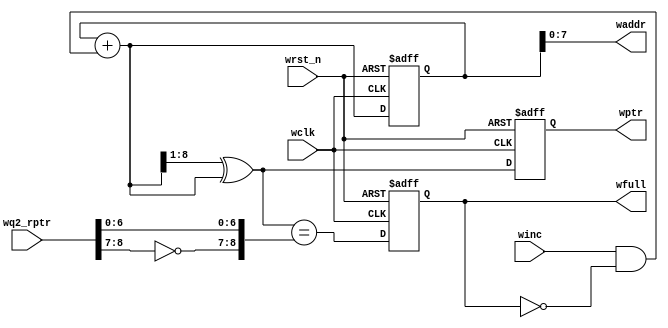
 /*                                                                      
 Copyright 2020 Bryan Lu.
                                                                         
 Licensed under the Apache License, Version 2.0 (the "License");         
 you may not use this file except in compliance with the License.        
 You may obtain a copy of the License at                                 
                                                                         
     http://www.apache.org/licenses/LICENSE-2.0                          
                                                                         
 Unless required by applicable law or agreed to in writing, software    
 distributed under the License is distributed on an "AS IS" BASIS,       
 WITHOUT WARRANTIES OR CONDITIONS OF ANY KIND, either express or implied.
 See the License for the specific language governing permissions and     
 limitations under the License.                                          
 */
 
 //----------------------------------------
 //	Authur:	Bryan Lu
 //	Description: 	
 //		
 //----------------------------------------
 
 module wptr_full #(
	parameter	ADDR_SIZE = 8
 )(
	input						wclk,
	input						wrst_n,
	input						winc,
	input		[ADDR_SIZE:0]	wq2_rptr,
	
	output reg					wfull,
	output 		[ADDR_SIZE-1:0]	waddr,
	output reg	[ADDR_SIZE:0]	wptr 
 );
 
	reg [ADDR_SIZE:0]	wbin;
	wire [ADDR_SIZE:0]	wbinnext, wgraynext;
	wire wfull_value;
	//generate full
	assign wfull_value = (wgraynext == {~wq2_rptr[ADDR_SIZE:ADDR_SIZE-1],wq2_rptr[ADDR_SIZE-2:0]});
	
	always @(posedge wclk, negedge wrst_n)
	begin
		if(!wrst_n)
			wfull <= 1'b0;
		else
			wfull <= wfull_value;
	end
	
	//bin2gray comb
	assign wgraynext = (wbinnext >> 1) ^ wbinnext;
	
	//generate read address
	assign wbinnext = wbin + (winc & ~wfull);
	assign waddr = wbin[ADDR_SIZE-1:0];
 
	always @(posedge wclk, negedge wrst_n)
	begin
		if(!wrst_n)
			{wbin, wptr} <= 0;
		else
			{wbin, wptr} <= {wbinnext, wgraynext};
	end
	
 endmodule